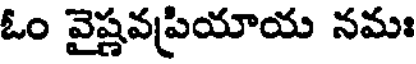
ఓం వైష్ణవప్రియాయ నమః